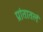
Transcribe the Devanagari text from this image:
प्रांतातलं